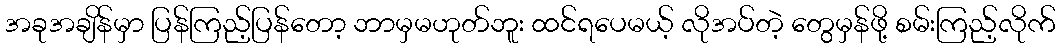
အခုအချိန်မှာ ပြန်ကြည့်ပြန်တော့ ဘာမှမဟုတ်ဘူး ထင်ရပေမယ့် လိုအပ်တဲ့ တွေမှန်ဖို့ စမ်းကြည့်လိုက်